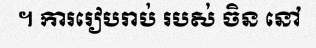
។ ការរៀបរាប់ របស់ ចិន នៅ